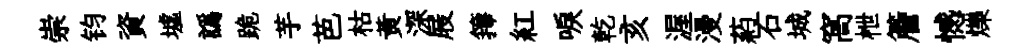
崇钧資墟譌跪芋芭枯黄深屐籜紅唳乾亥渥漫葯石城窩枻簷憾爍